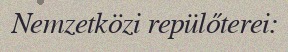
Nemzetközi repülőterei: